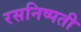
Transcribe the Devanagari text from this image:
रसनिष्पती